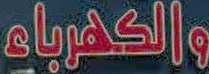
والكهرباء